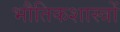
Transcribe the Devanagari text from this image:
भौतिकशास्त्रों